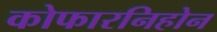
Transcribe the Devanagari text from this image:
कोफारनिहोन